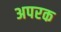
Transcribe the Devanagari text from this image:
अपरक